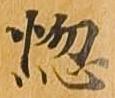
悩